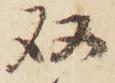
双